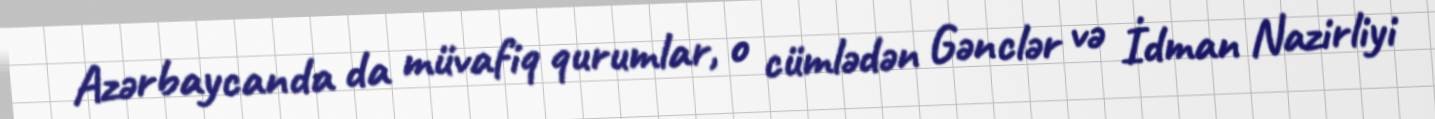
Azərbaycanda da müvafiq qurumlar, o cümlədən Gənclər və İdman Nazirliyi